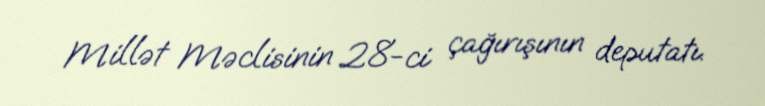
Millət Məclisinin 28-ci çağırışının deputatı.